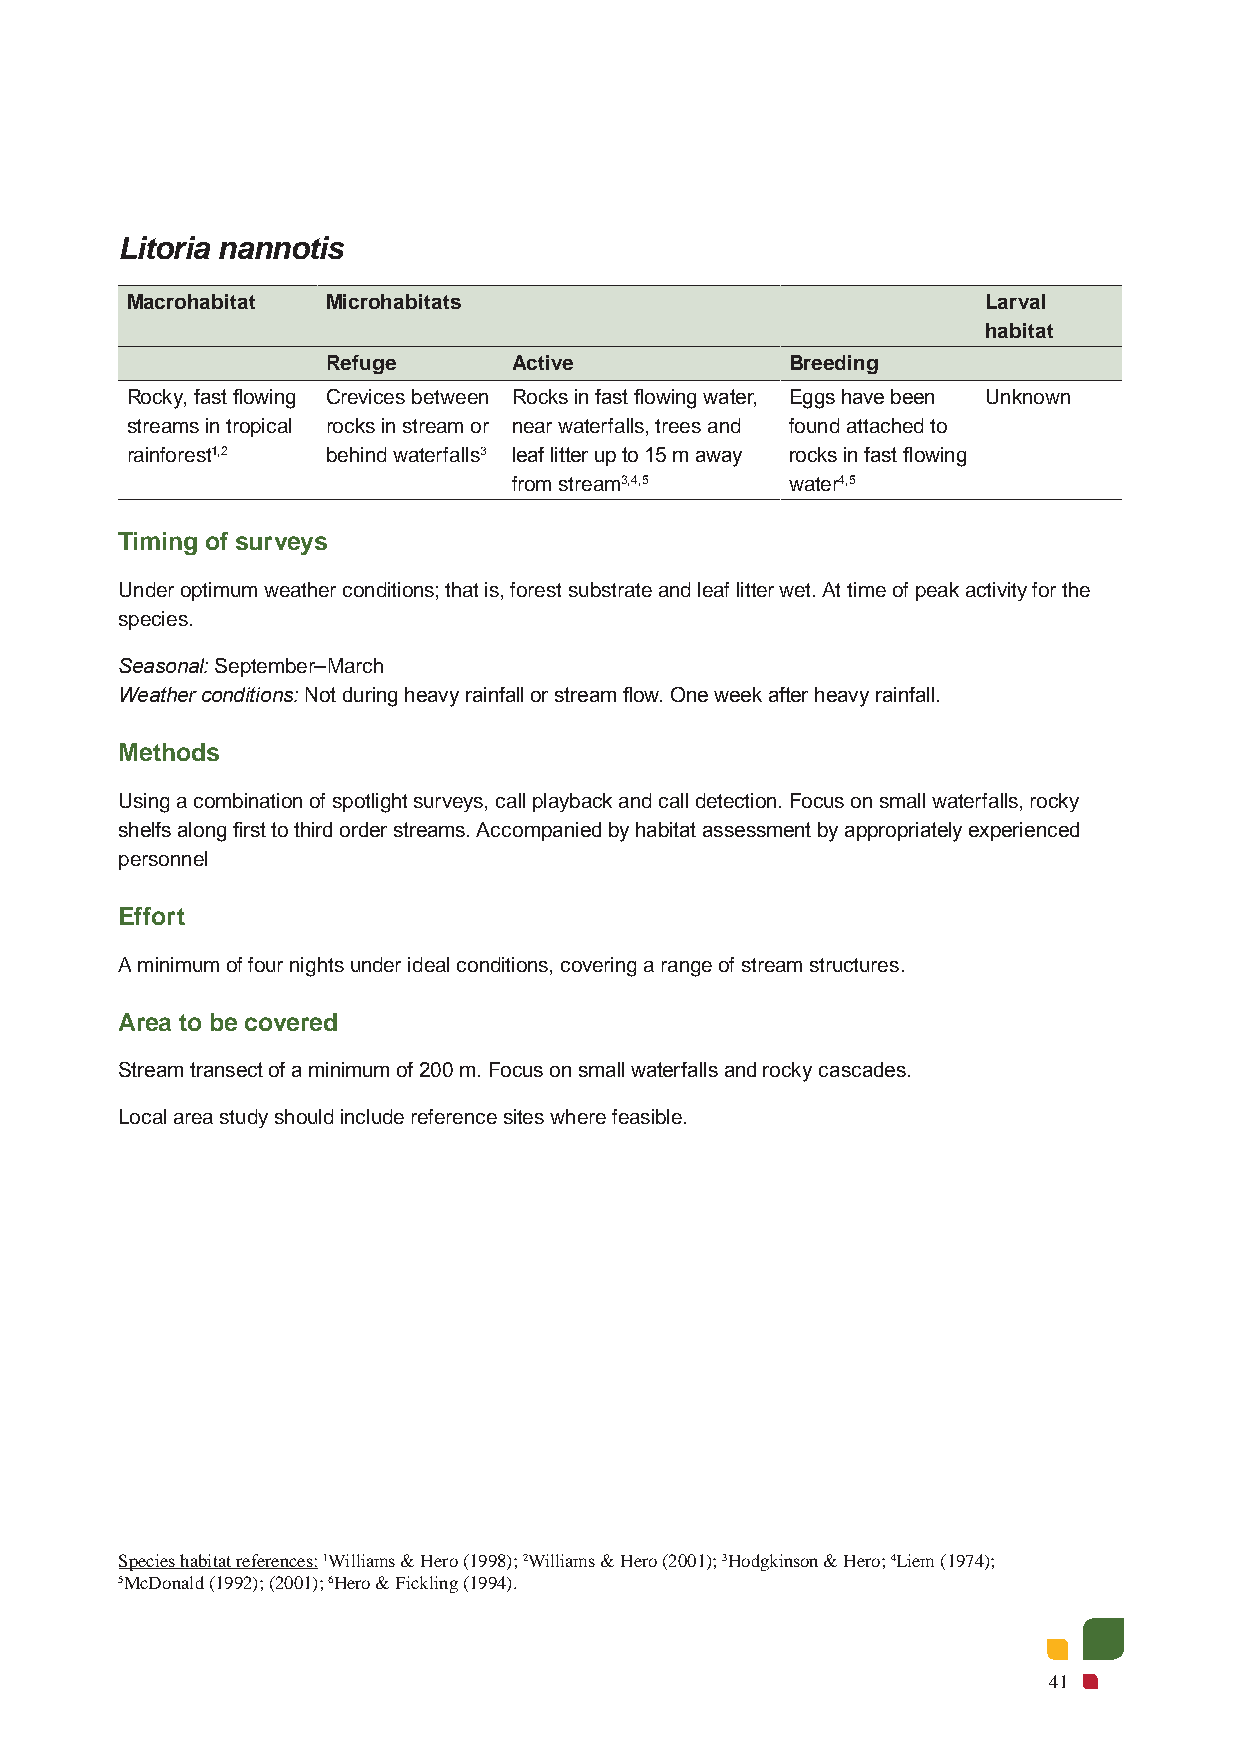
Litoria nannotis
 Macrohabitat  Microhabitats                              Larval
 habitat
 Refuge      Active            Breeding
 Rocky, fast flowing Crevices between Rocks in fast flowing water, Eggs have been Unknown
 streams in tropical rocks in stream or near waterfalls, trees and found attached to
 rainforest1,2 behind waterfalls3 leaf litter up to 15 m away rocks in fast flowing
 from stream3,4,5  water4,5
 Timing of surveys
 Under optimum weather conditions; that is, forest substrate and leaf litter wet. At time of peak activity for the
 species.
 Seasonal: September–March
 Weather conditions: Not during heavy rainfall or stream flow. One week after heavy rainfall.
 Methods
 Using a combination of spotlight surveys, call playback and call detection. Focus on small waterfalls, rocky
 shelfs along first to third order streams. Accompanied by habitat assessment by appropriately experienced
 personnel
 Effort
 A minimum of four nights under ideal conditions, covering a range of stream structures.
 Area to be covered
 Stream transect of a minimum of 200 m. Focus on small waterfalls and rocky cascades.
 Local area study should include reference sites where feasible.
 Species habitat references: 1Williams & Hero (1998); 2Williams & Hero (2001); 3Hodgkinson & Hero; 4Liem (1974);
 5McDonald (1992); (2001); 6Hero & Fickling (1994).
 41